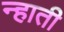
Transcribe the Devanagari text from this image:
न्हाती